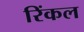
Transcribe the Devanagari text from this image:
रिंकल